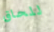
للحاق